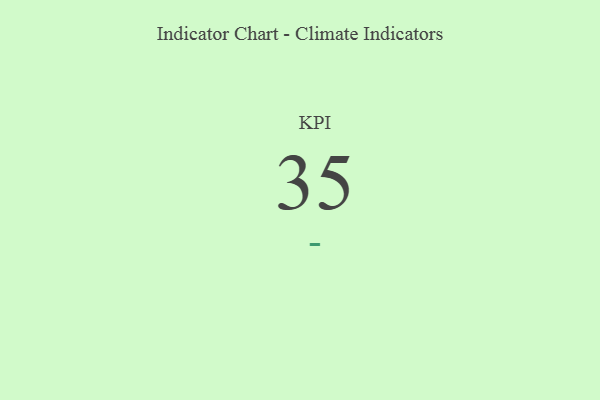
{"axis": {"x": "KPI", "y": "Value"}, "legend": [""], "data": [{"x": "KPI", "y": 35, "type": ""}]}